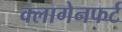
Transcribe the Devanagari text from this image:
क्लागेनफर्ट